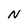
Character: N